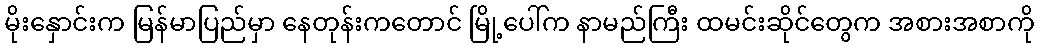
မိုးနှောင်းက မြန်မာပြည်မှာ နေတုန်းကတောင် မြို့ပေါ်က နာမည်ကြီး ထမင်းဆိုင်တွေက အစားအစာကို